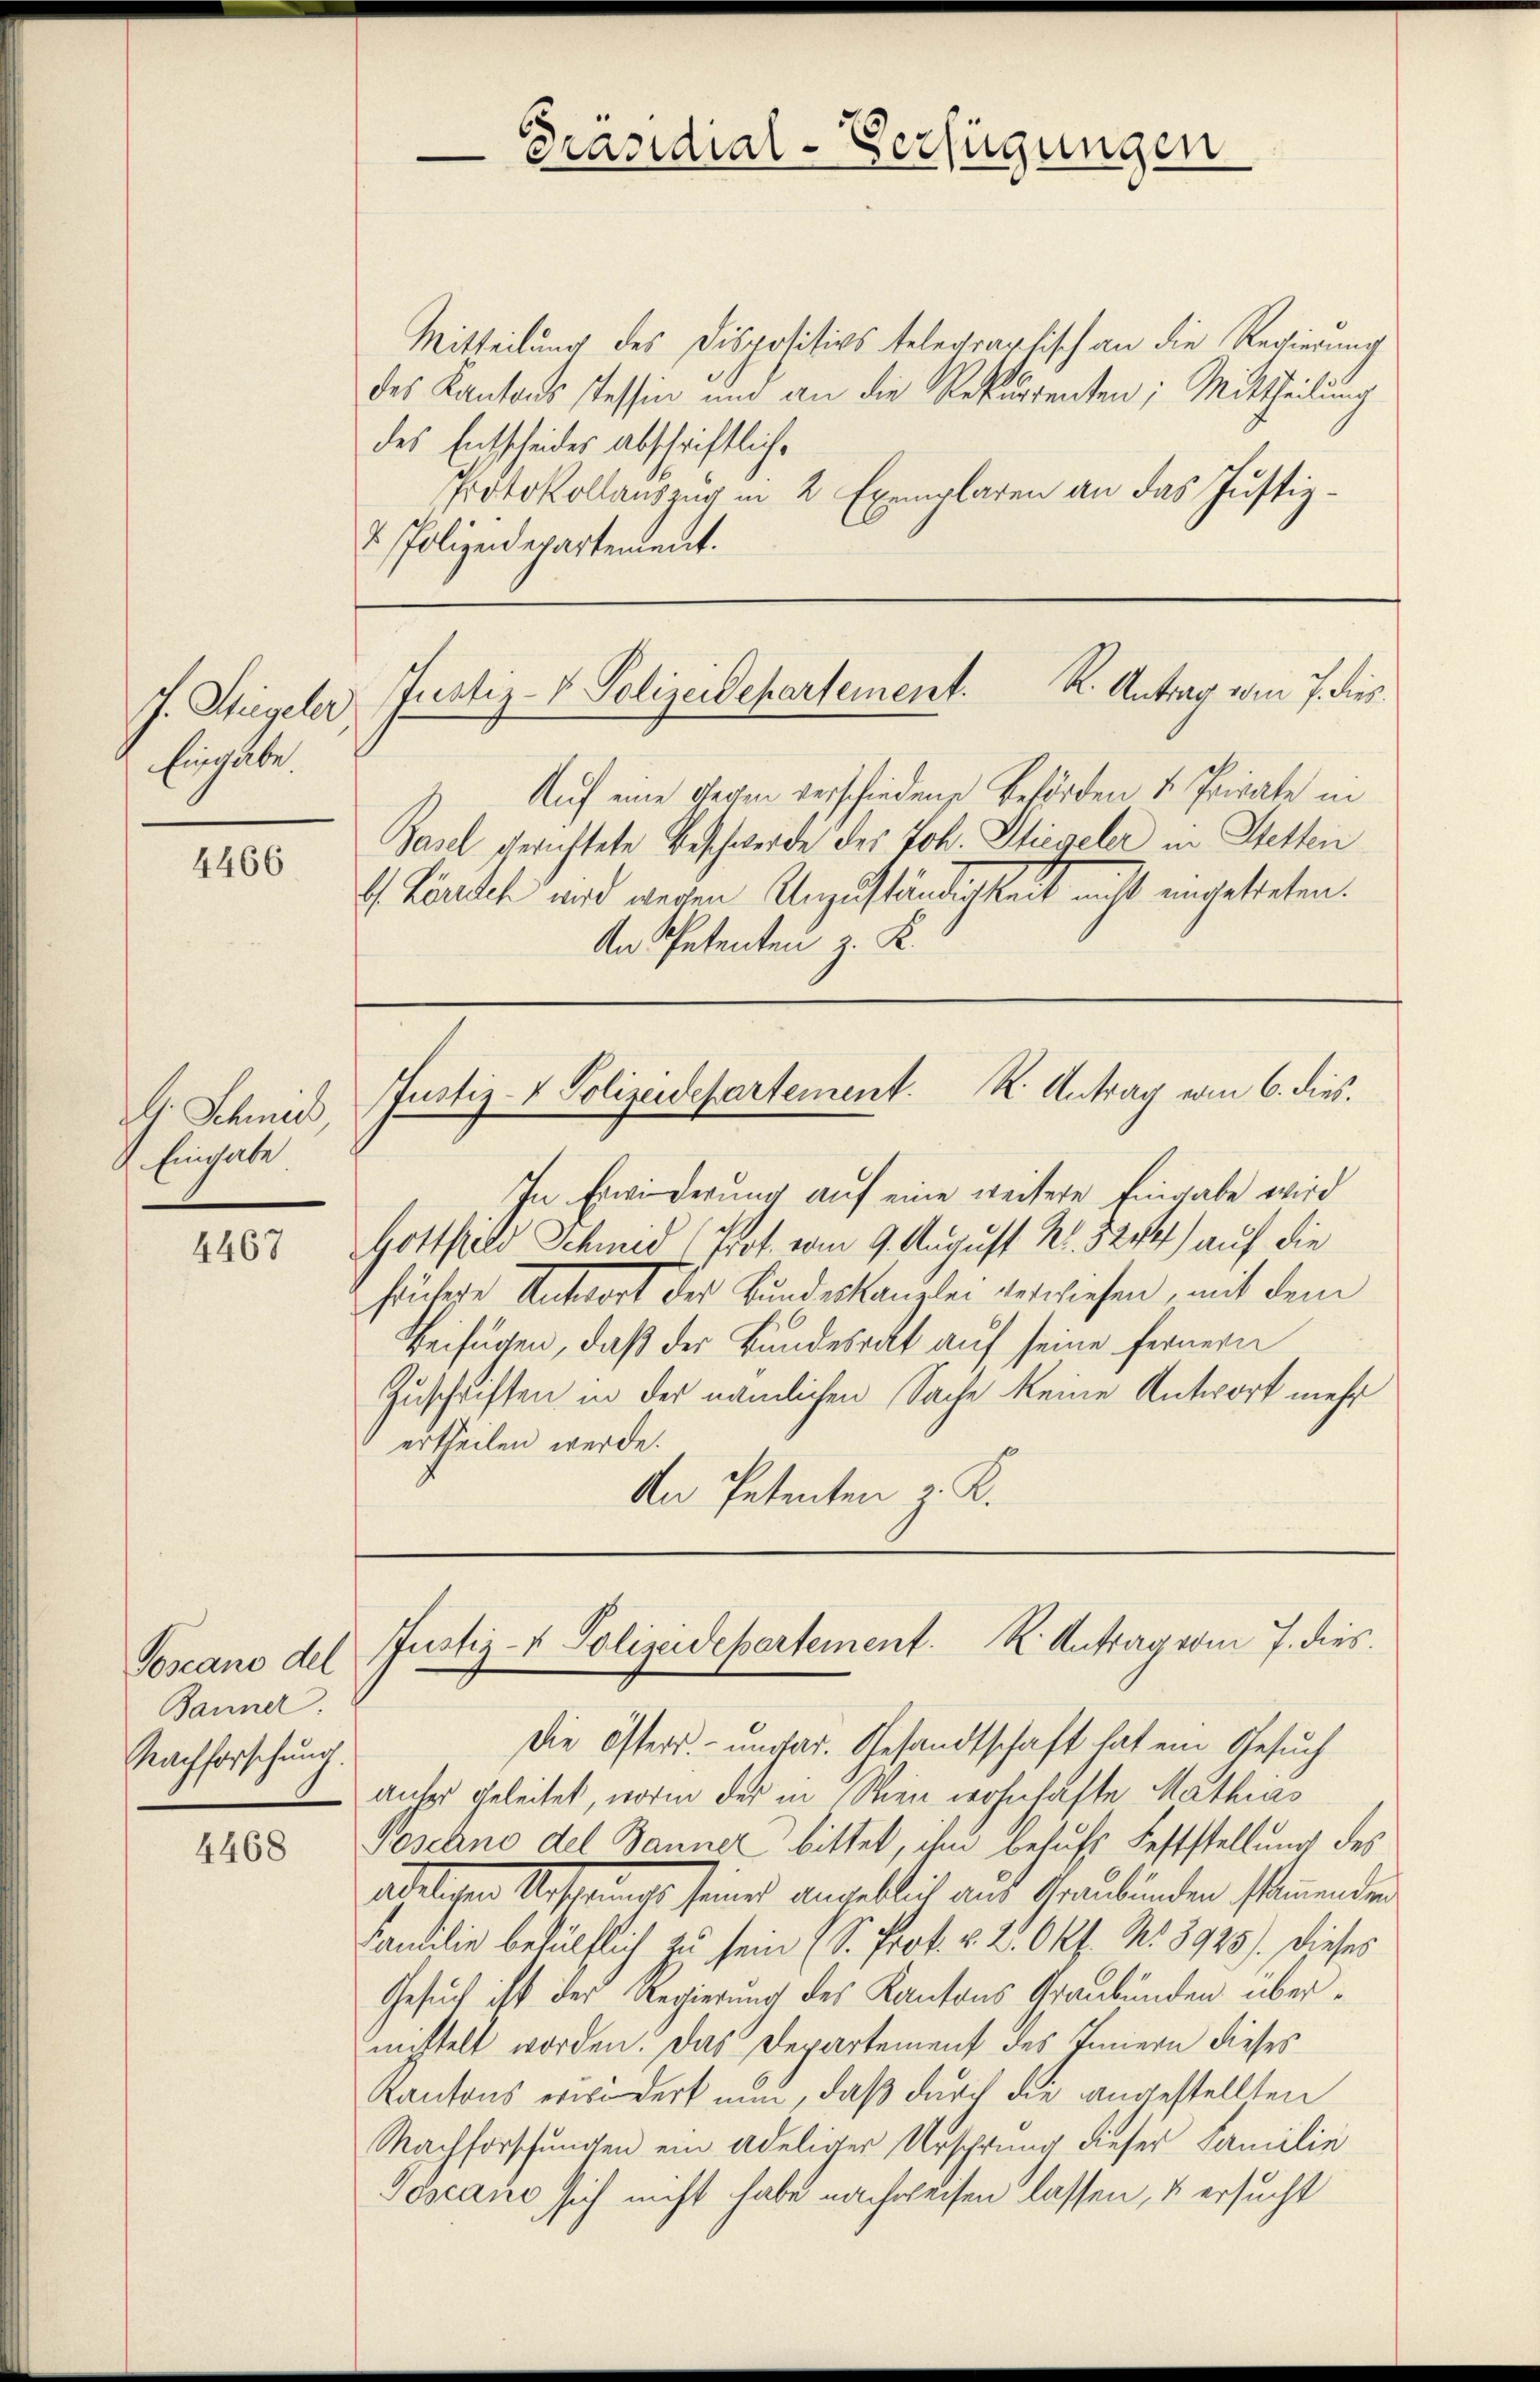
. Stiegeler
Eingabe.

4466

Dr. Schmid
Eingabe

4467

Toscano del
Banner.
Nachforschung

4468

Mitteilung des Dispositivs telegraphisch an die Regierung
des Kantons Tessin und an die Rekurrenten; Mittheilung
des Entscheides abschriftliche
Protokollauszug in 2 Exemplaren an das Justiz¬
2 Polizeidepartement.
Auf eine wegen verschiedene Behörden u. Private in
Basel gerichtete Beschwerde des Joh. Stiegeler in Stetten
 Länden wird wegen Unzuständigkeit nicht ungetreten.
An Petenten z. K.
Justiz-V Polizeidepartement. K. Antrag vom 6. dies.
In Erwiderung auf eine weitere Eingabe wird
Gottfeld Schmid (Prof. vom 9. August No. 520) auf die
frühere Antwort des Bundeskanzlei verwiesen, mit dem
Beifügen, daß des Bundesrat auf seine fernern
Zuschriften in der nämlichen Sache keine Antwort mehr
ertheilen werde.
An Petenten v. K.

Präsidial-Verfügungen

Justiz- & Polizeidepartement. K. Antrag vom 7. dies

Justiz- & Polizeidepartement. K. Antrag vom 7. dies

Die Östers.- undar. Gesandtschaft hat ein Gesuch
anter geleitet, worin der in Wien wohnhäste Mathias
Poscano del Banner bittet, ihm behufs Feststellung des
ädeligen Ansprungs seines angeblich aus Graubünden stimmenden
Cancilie behülflich zu sein (S. Prot. u. 2. Okt. N. 3925). Dieses
Gesuch ist der Regierung des Kantons Graubünden übermittelt worden. Das Departement des Innern dieses
Kantons erwidert nun, daß durch die angestellten
Machforschungen ein adeliger Urschrung dieser Familie
Toscano sich nicht habe nachweisen lassen, u ersucht